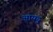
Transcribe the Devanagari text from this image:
आयदु